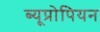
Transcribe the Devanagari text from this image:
ब्यूप्रोपियन